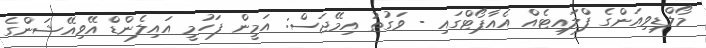
މޯލްޑިވިއަންގެ ފްލައިޓެއް އެއާޕޯޓްގައި - ވަގުތު އިމޭޖަސް: އަމީން ފަހުމީ އައިލެންޑް އޭވިއޭޝަންގެ